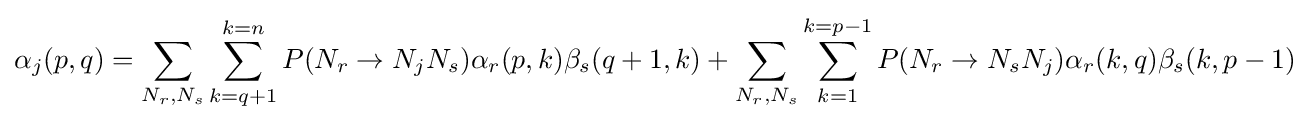
\alpha _{j}(p,q)=\sum _{N_{r},N_{s}}\sum _{k=q+1}^{k=n}P(N_{r}\rightarrow N_{j}N_{s})\alpha _{r}(p,k)\beta _{s}(q+1,k)+\sum _{N_{r},N_{s}}\sum _{k=1}^{k=p-1}P(N_{r}\rightarrow N_{s}N_{j})\alpha _{r}(k,q)\beta _{s}(k,p-1)